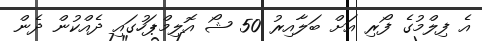
އެ ފިލްމުގެ ފޯރި އަށް ބަލާއިރު 50 ޝޯ އޮލިމްޕަހުގައި ދެއްކުން ދެން